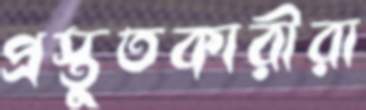
প্রস্তুতকারীরা